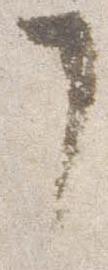
了